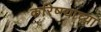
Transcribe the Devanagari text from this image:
करिष्म्याच्या